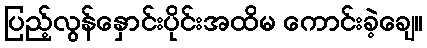
ပြည့်လွန်နှောင်းပိုင်းအထိမ ကောင်းခဲ့ချေ။